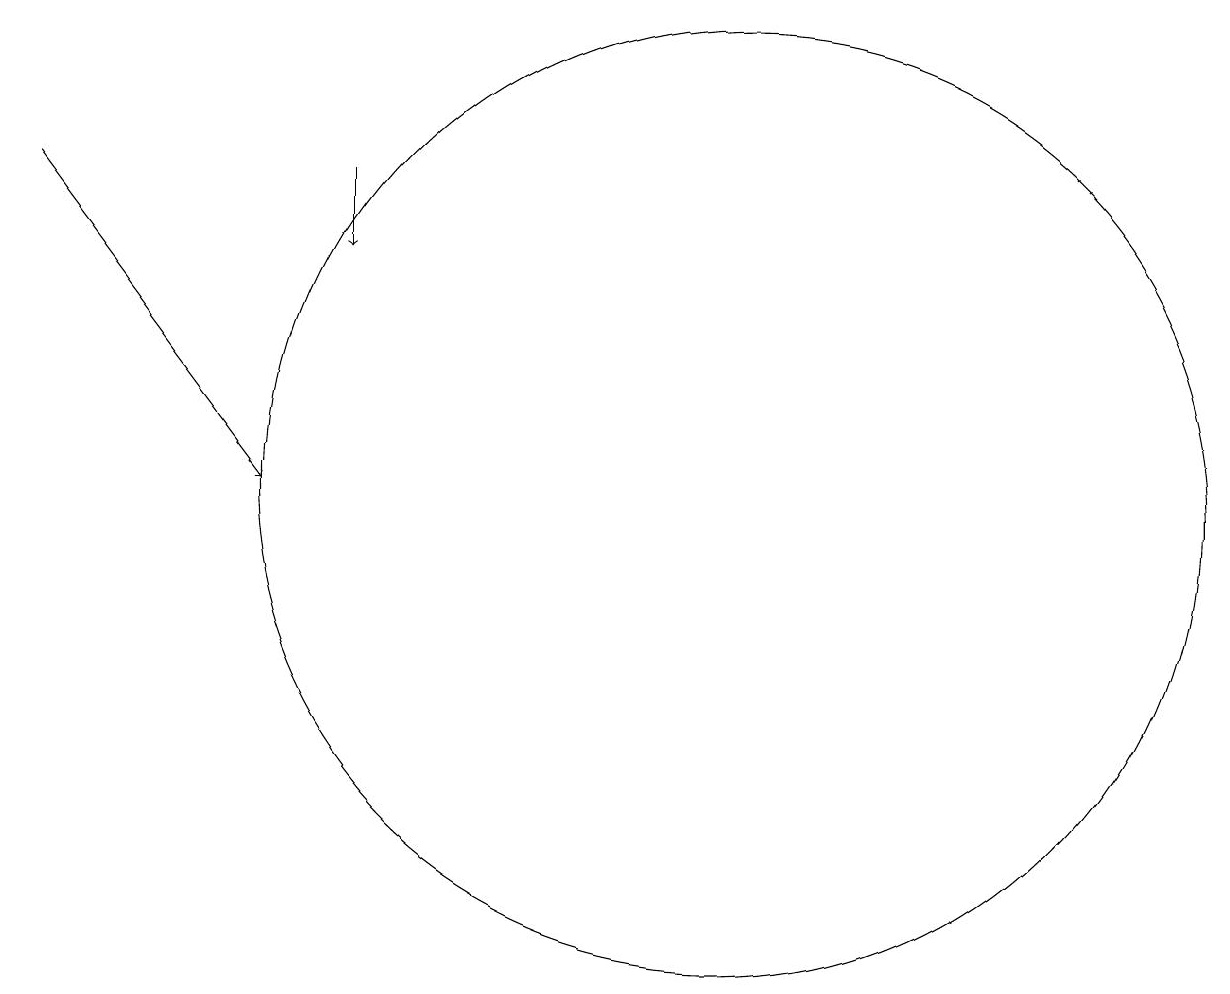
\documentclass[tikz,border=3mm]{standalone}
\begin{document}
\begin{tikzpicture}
\draw[->] (5,16) -- (5,15);
\draw[->] (1,16) -- (4,12);
\draw (10,12) circle (6);
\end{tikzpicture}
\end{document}